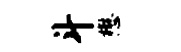
斗懋